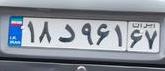
۱۸د۹۶۱۶۷